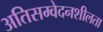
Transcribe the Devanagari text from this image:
अतिसम्वेदनशीलता